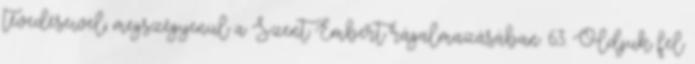
tévedéseivel; megszégyenül a Szent Embert rágalmazásában. 63. Oldjuk fel